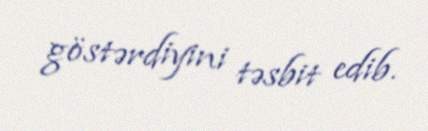
göstərdiyini təsbit edib.